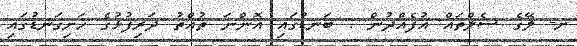
ށ- ލޭގެ ސެލްތައް އުފެއްދުން : ބަނޑުގައި އޮންނަ ތުއްތު ދަރިފުޅުގެ ހަށިގަނޑުގައި